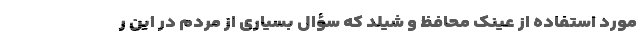
مورد استفاده از عینک محافظ و شیلد که سؤال بسیاری از مردم در این ر